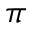
\pi